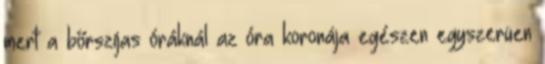
mert a bőrszíjas óráknál az óra koronája egészen egyszerüen